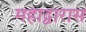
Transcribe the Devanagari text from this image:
महाद्वारास